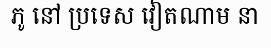
ភូ នៅ ប្រទេស វៀតណាម នា